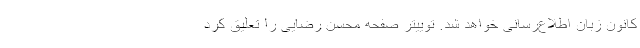
کانون زبان اطلاع‌رسانی خواهد شد. توییتر صفحه محسن رضایی را تعلیق کرد